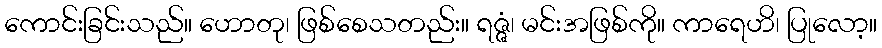
ကောင်းခြင်းသည်။ ဟောတု၊ ဖြစ်စေသတည်း။ ရဇ္ဇံ၊ မင်းအဖြစ်ကို။ ကာရေဟိ၊ ပြုလော့။